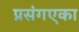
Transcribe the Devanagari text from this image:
प्रसंगएका